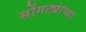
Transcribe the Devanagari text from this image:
सोंगट्यांच्या